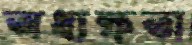
অধ্যক্ষতা